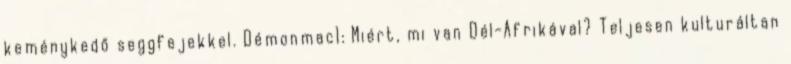
keménykedő seggfejekkel. Démonmac1: Miért, mi van Dél-Afrikával? Teljesen kulturáltan